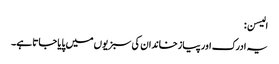
الیسن:
یہ ادرک اور پیازخاندان کی سبزیوں میں پایا جاتا ہے۔